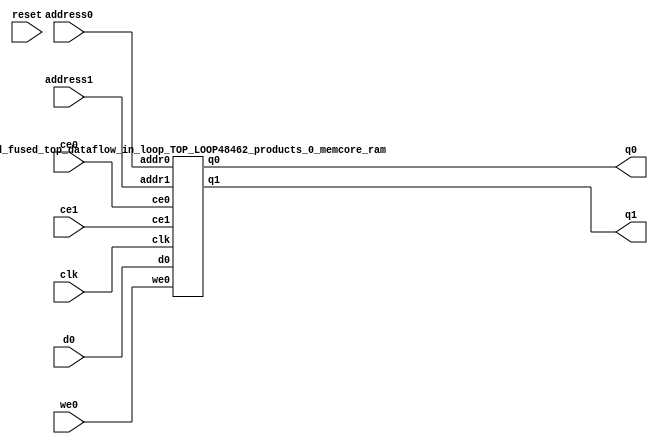
`define EXPONENT 5
`define MANTISSA 10
`define ACTUAL_MANTISSA 11
`define EXPONENT_LSB 10
`define EXPONENT_MSB 14
`define MANTISSA_LSB 0
`define MANTISSA_MSB 9
`define MANTISSA_MUL_SPLIT_LSB 3
`define MANTISSA_MUL_SPLIT_MSB 9
`define SIGN 1
`define SIGN_LOC 15
`define DWIDTH (`SIGN+`EXPONENT+`MANTISSA)
`define IEEE_COMPLIANCE 1

module td_fused_top_dataflow_in_loop_TOP_LOOP48462_products_0_memcore(
    reset,
    clk,
    address0,
    ce0,
    we0,
    d0,
    q0,
    address1,
    ce1,
    q1);

parameter DataWidth = 32'd16;
parameter AddressRange = 32'd256;
parameter AddressWidth = 32'd8;
input reset;
input clk;
input[AddressWidth - 1:0] address0;
input ce0;
input we0;
input[DataWidth - 1:0] d0;
output[DataWidth - 1:0] q0;
input[AddressWidth - 1:0] address1;
input ce1;
output[DataWidth - 1:0] q1;



td_fused_top_dataflow_in_loop_TOP_LOOP48462_products_0_memcore_ram td_fused_top_dataflow_in_loop_TOP_LOOP48462_products_0_memcore_ram_U(
    .clk( clk ),
    .addr0( address0 ),
    .ce0( ce0 ),
    .we0( we0 ),
    .d0( d0 ),
    .q0( q0 ),
    .addr1( address1 ),
    .ce1( ce1 ),
    .q1( q1 )
);

endmodule
module td_fused_top_dataflow_in_loop_TOP_LOOP48462_products_0_memcore_ram (addr0, ce0, d0, we0, q0, addr1, ce1, q1,  clk);

parameter DWIDTH = 16;
parameter AWIDTH = 8;
parameter MEM_SIZE = 256;

input[AWIDTH-1:0] addr0;
input ce0;
input[DWIDTH-1:0] d0;
input we0;
output reg[DWIDTH-1:0] q0;
input[AWIDTH-1:0] addr1;
input ce1;
output reg[DWIDTH-1:0] q1;
input clk;

reg [DWIDTH-1:0] ram[MEM_SIZE-1:0];




always @(posedge clk)  
begin 
    if (ce0) begin
        if (we0) 
            ram[addr0] <= d0; 
        q0 <= ram[addr0];
    end
end


always @(posedge clk)  
begin 
    if (ce1) begin
        q1 <= ram[addr1];
    end
end


endmodule